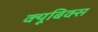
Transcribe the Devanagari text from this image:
क्यूबिक्स